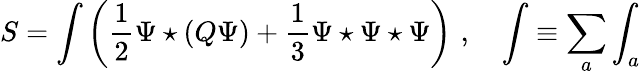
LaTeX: S=\int\left(\frac{1}{2}\Psi\star(Q\Psi)+\frac{1}{3}\Psi\star\Psi\star\Psi\right)\, \, ,\quad\int\equiv\sum_{a}\int_{a}